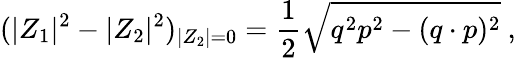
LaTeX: (|Z_{1}|^{2}-|Z_{2}|^{2})_{|Z_{2}|=0}={\frac{1}{2}}\sqrt{q^{2}p^{2}-(q\cdot p)^{2}}\ ,